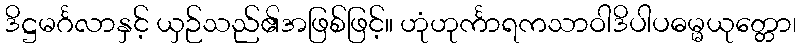
ဒိဋ္ဌမင်္ဂလာနှင့် ယှဉ်သည်၏အဖြစ်ဖြင့်။ ဟုံဟုင်္ကာရကသာဝါဒိပါပဓမ္မယုတ္တော၊